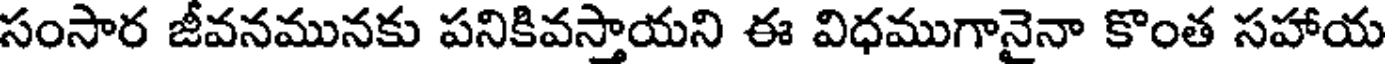
సంసార జీవనమునకు పనికివస్తాయని ఈ విధముగానైనా కొంత సహాయ